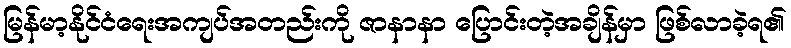
မြန်မာ့နိုင်ငံရေးအကျပ်အတည်းကို ဇာနာနာ ပြောင်းတဲ့အချိန်မှာ ဖြစ်လာခဲ့ရ၏